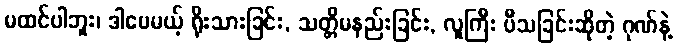
မထင်ပါဘူး၊ ဒါပေမယ့် ရိုးသားခြင်း, သတ္တိမနည်းခြင်း, လူကြီး ပီသခြင်းဆိုတဲ့ ဂုဏ်နဲ့